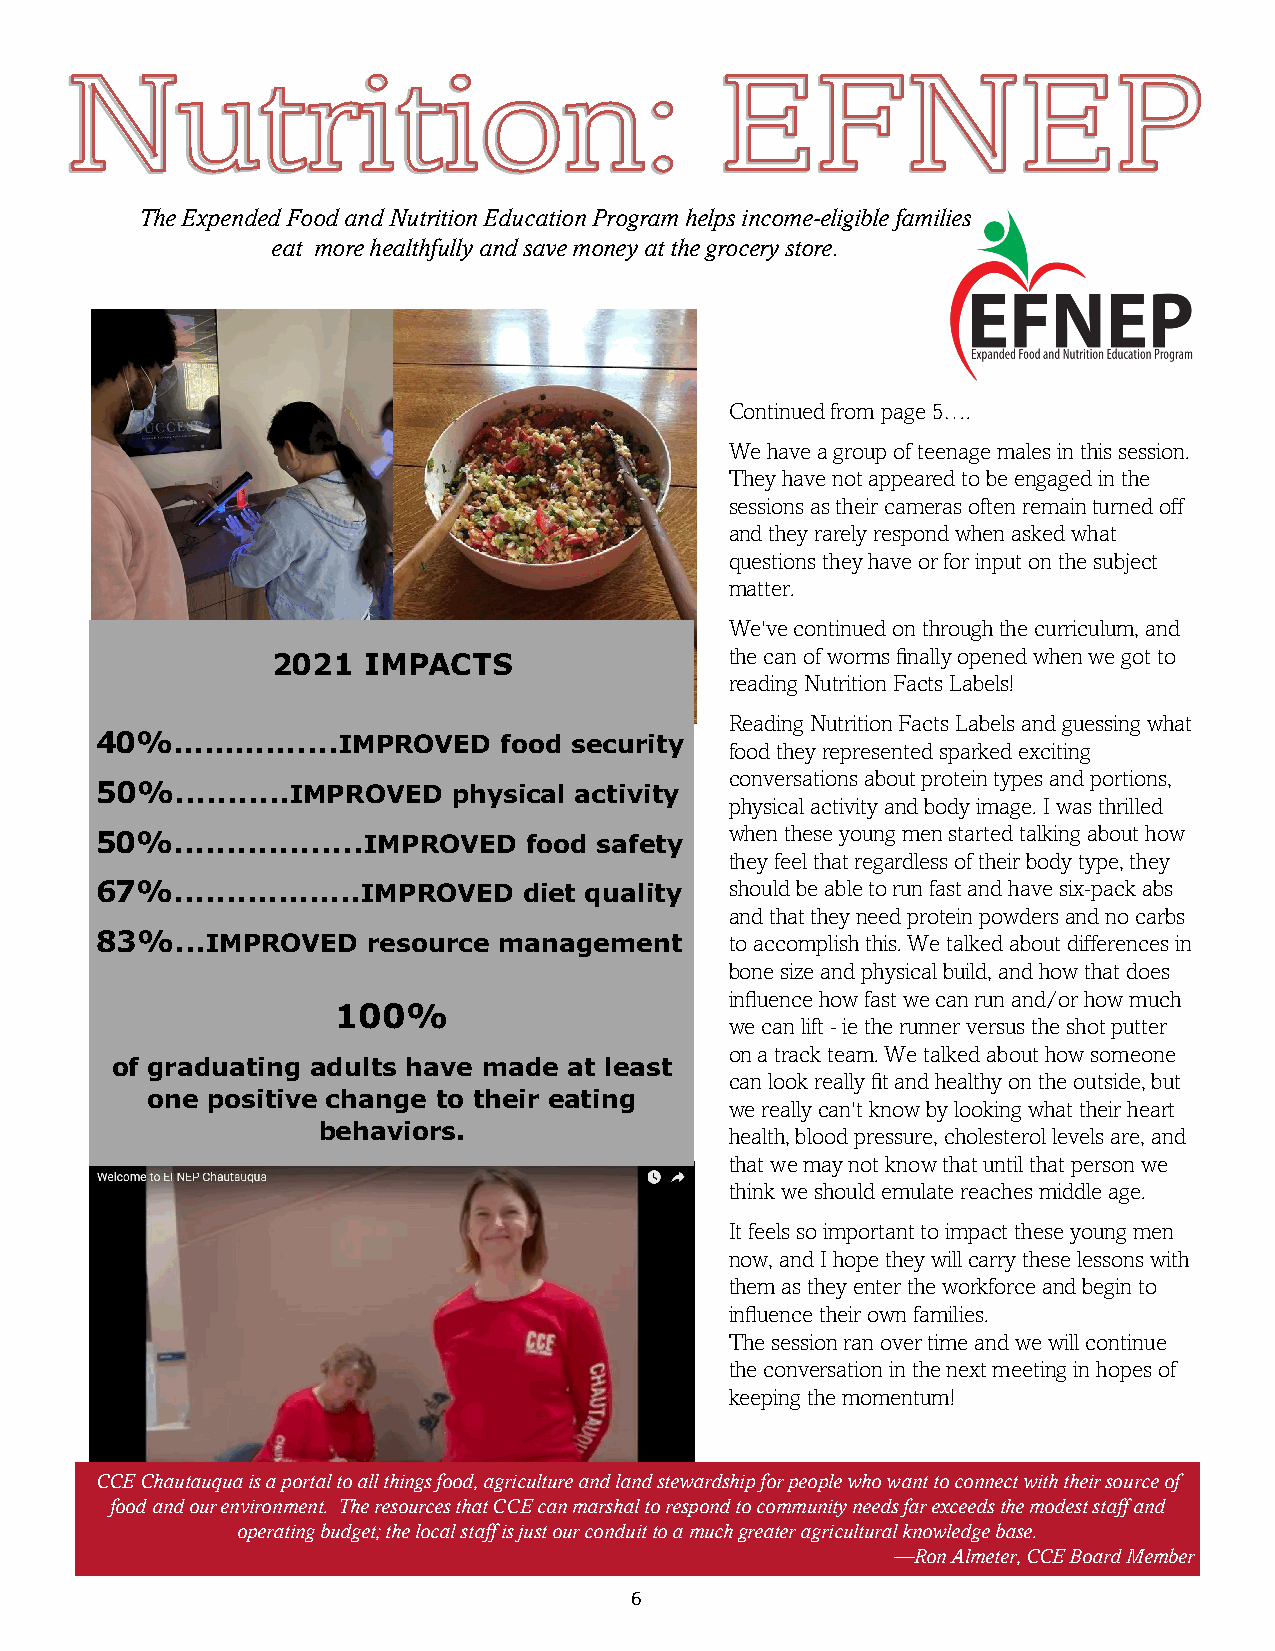
The Expended Food and Nutrition Education Program helps income-eligible families
 eat more healthfully and save money at the grocery store.
 Continued from page 5….
 We have a group of teenage males in this session.
 They have not appeared to be engaged in the
 sessions as their cameras often remain turned off
 and they rarely respond when asked what
 questions they have or for input on the subject
 matter.
 We've continued on through the curriculum, and
 2021  IMPACTS                 the can of worms finally opened when we got to
 reading Nutrition Facts Labels!
 Reading Nutrition Facts Labels and guessing what
 40%…………....IMPROVED        food security
 food they represented sparked exciting
 conversations about protein types and portions,
 50%...........IMPROVED  physical activity
 physical activity and body image. I was thrilled
 50%..................IMPROVED food safety when these young men started talking about how
 they feel that regardless of their body type, they
 67%.......………..IMPROVED      diet quality should be able to run fast and have six-pack abs
 and that they need protein powders and no carbs
 83%...IMPROVED    resource management     to accomplish this. We talked about differences in
 bone size and physical build, and how that does
 influence how fast we can run and/or how much
 100%
 we can lift - ie the runner versus the shot putter
 on a track team. We talked about how someone
 of graduating adults have made at least
 can look really fit and healthy on the outside, but
 one positive change to their eating
 we really can't know by looking what their heart
 behaviors.
 health, blood pressure, cholesterol levels are, and
 that we may not know that until that person we
 think we should emulate reaches middle age.
 It feels so important to impact these young men
 now, and I hope they will carry these lessons with
 them as they enter the workforce and begin to
 influence their own families.
 The session ran over time and we will continue
 the conversation in the next meeting in hopes of
 keeping the momentum!
 CCE Chautauqua is a portal to all things food, agriculture and land stewardship for people who want to connect with their source of
 food and our environment. The resources that CCE can marshal to respond to community needs far exceeds the modest staff and
 operating budget; the local staff is just our conduit to a much greater agricultural knowledge base.
 —Ron Almeter, CCE Board Member
 6